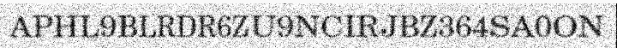
APHL9BLRDR6ZU9NCIRJBZ364SA0ON